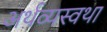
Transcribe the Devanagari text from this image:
अर्थव्यस्वथा